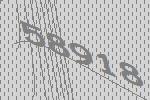
58918